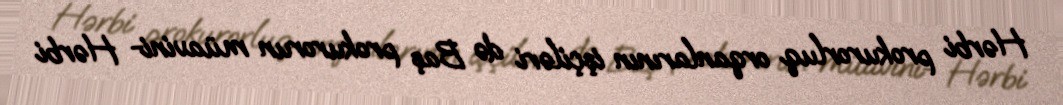
Hərbi prokurorluq orqanlarının işçiləri də Baş prokurorun müavini- Hərbi